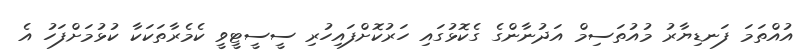
އުއްތަމަ ފަނޑިޔާރު މުއުތަސިމް އަދުނާންގެ ގެކޮޅުގައި ހަރުކޮށްފައިހުރި ސީސީޓީވީ ކެމެރާތަކަކާ ކުޅުމަށްފަހު އެ